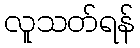
လူသတ်ရန်